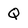
Character: Q